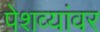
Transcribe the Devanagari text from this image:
पेशव्यांवर